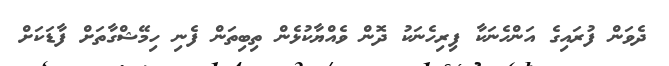
ދެވަން ފުރައިގެ އަންހެނަކާ ފިރިހެނަކު ދޮން ވެއްޔާކުޅެން ތިބިތަން ފެނި ހިމޭޝްގާތަށް ފާޑަކަށް